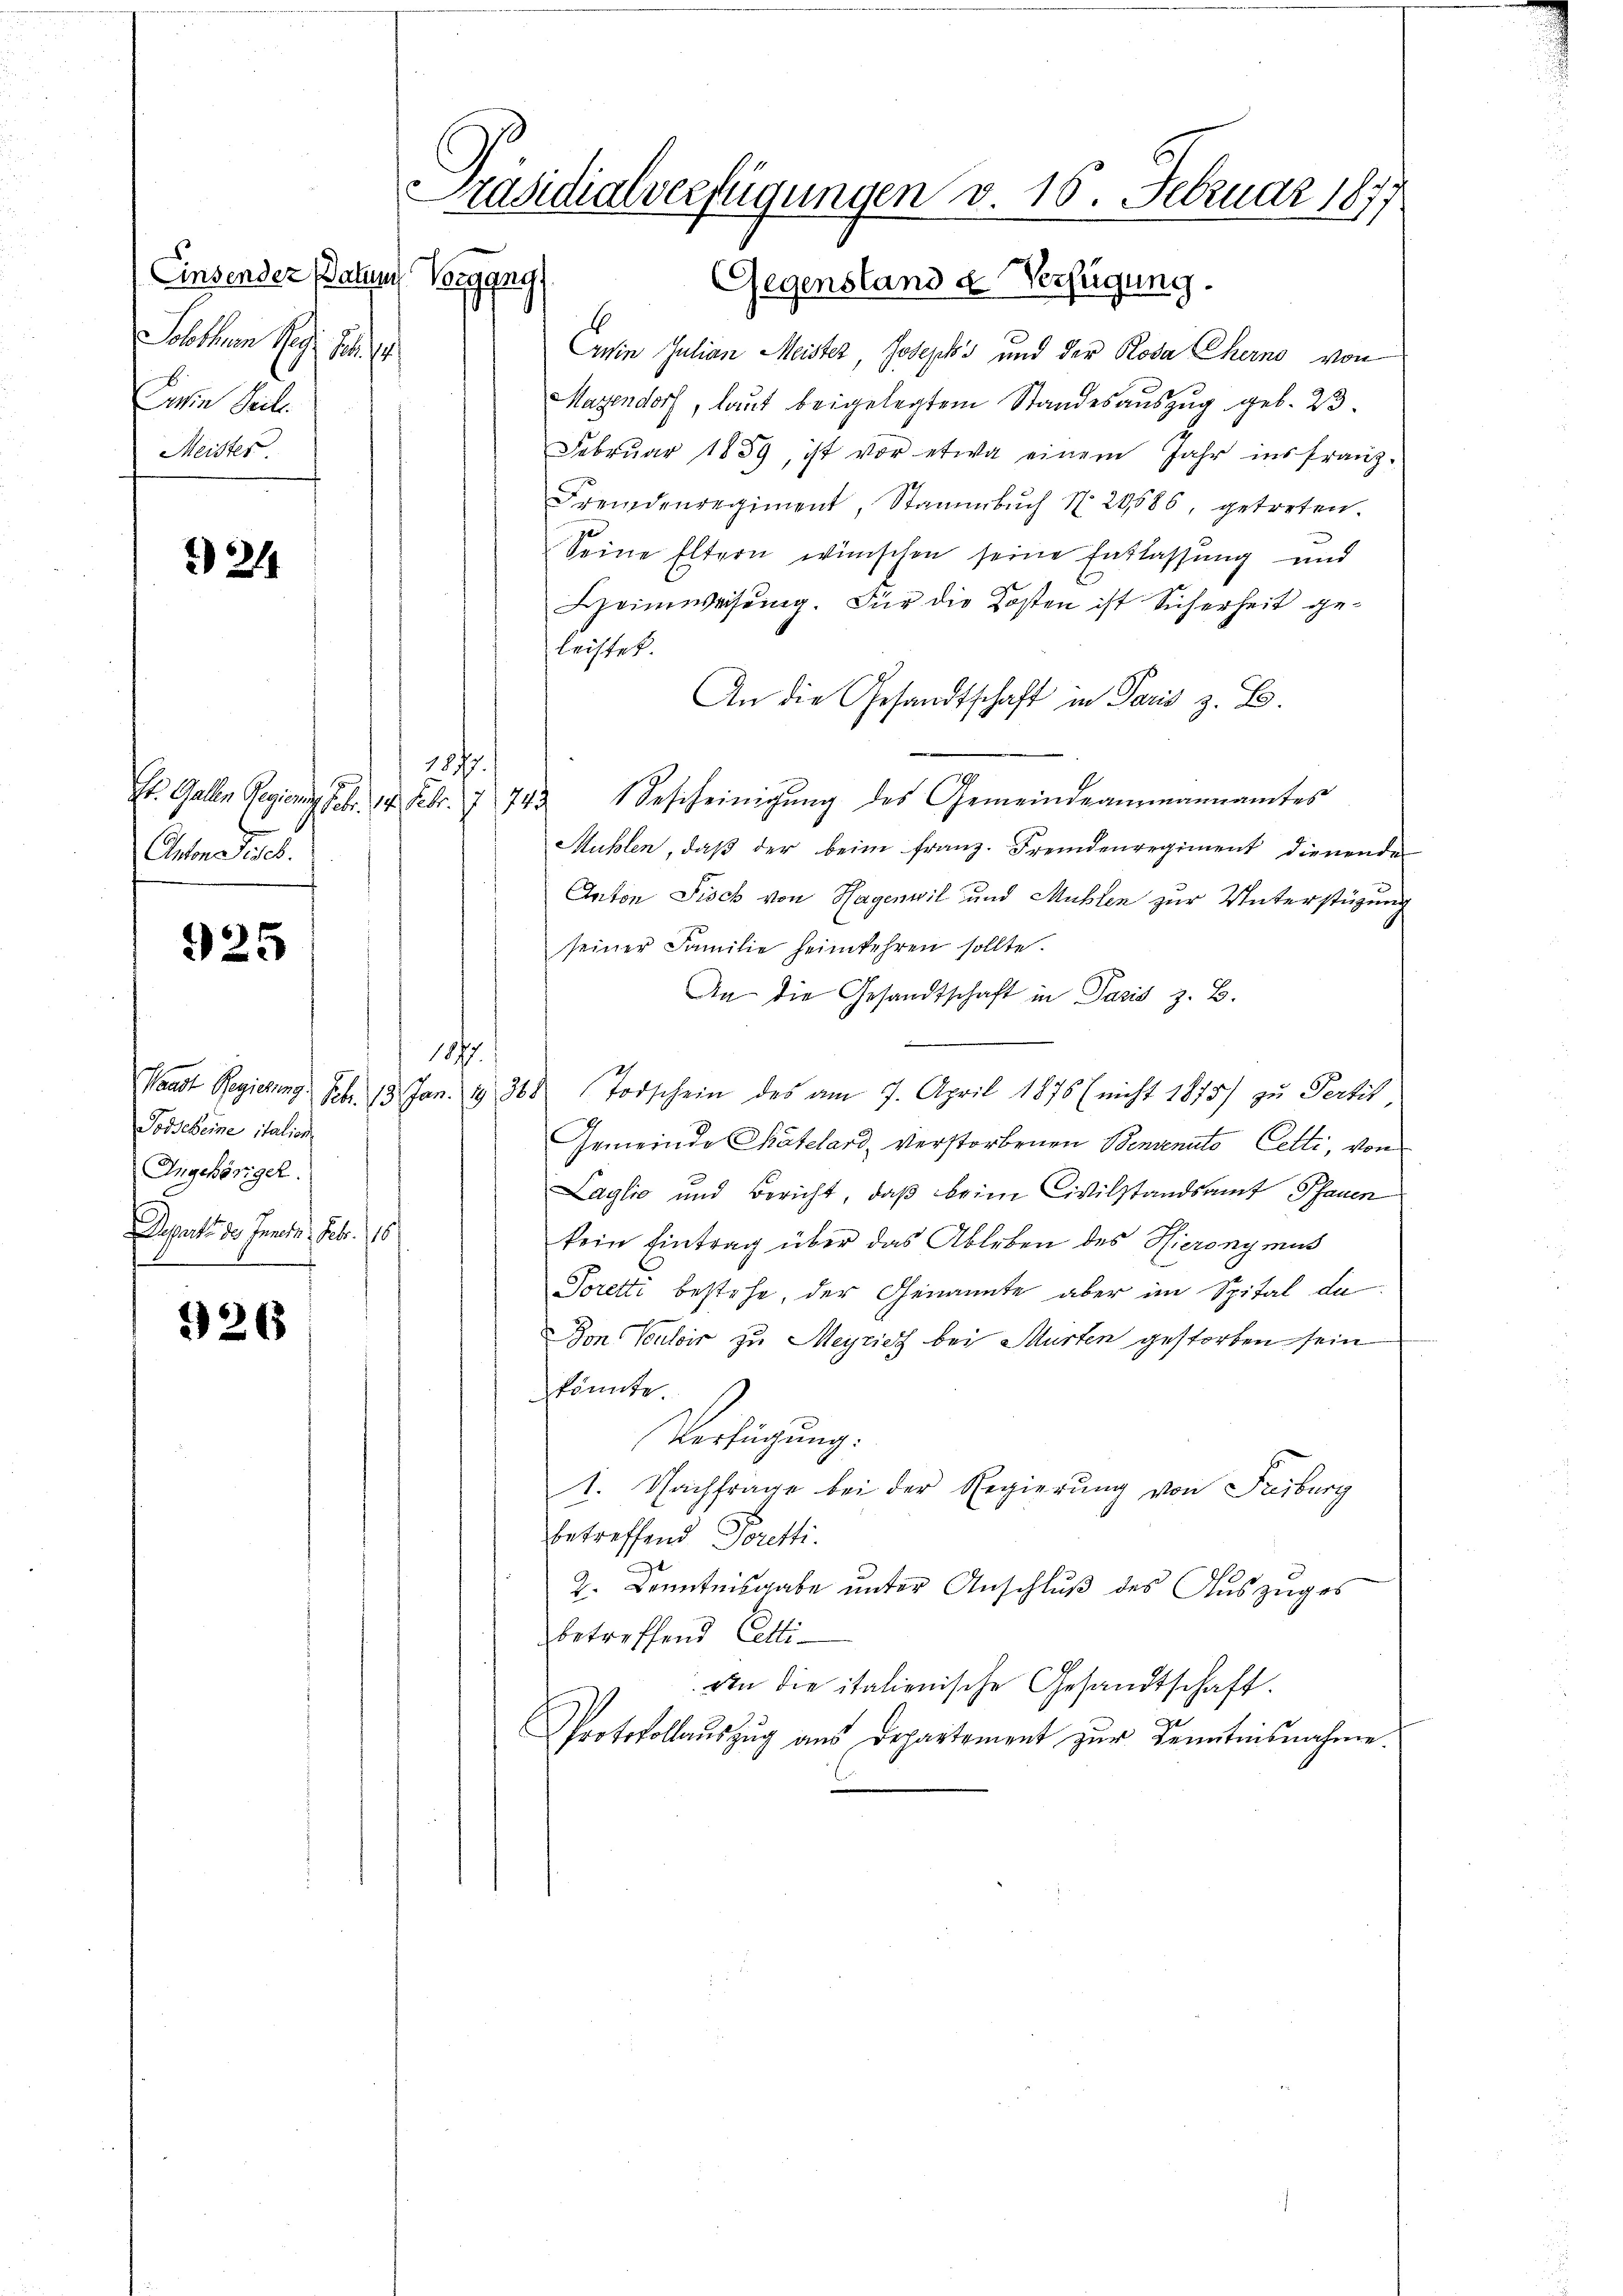
Einsender Batin Vorgang.
atum d. d.
Ein Teil.
Meister

22

Antons Geset

925

Tosscheine italion
Angehöriger.
Departe des Innern. Febr. 16
s

26

Präsidialverfügungen v. 16. Februar 1877

Gegensland d Verfügung.
Ein Julian Meister, Joseph's und der Roda Chern von
Magendorf, laut beigelegtem Standesauszug geb. 23.
Febrŭar 1859, ist vor etwa einem Jahr ins franz-
Fremdenregiment, Stammbŭch No. 20586, getreten.
Seine Eltern wünschen seine Entlassung und
Heimweisŭng. Für die Kosten ist Sicherheit ge-
leistet.
An die Gesandtschaft in Paris z. B.
1877.
St. Gallen Regierung Febr. 14. Febr. 7 743. Bescheinigŭng des Gemeindeammannamtes
Mühlen, daβ der beim franz. Fremdenregiment dienende
Anton Fisch von Hagenwil und Mühlen zur Unterstüzung
seiner Familie heimkehren sollte.
An die Gesandtschaft in Paris z. B.
1877.
Waadt Regierung. Febr. 13. Jan. 19. 368 (Todschein des am 7. April 1876 (nicht 1815/ zŭ Pertis,
Gemeinde Chatelard, verstorbenen Benvenuto Cetti, von
Laglio und Bericht, daß beim Civilstandsamt Pfauen
kein Eintrag über das Ableben des Hieronymus
Toretti bestehe, der Genannte aber im Spital da
Bon Bouloir zu Meyricz bei Murten gestorben sein
könnte.
Verfügung.
1. Nachfrage bei der Regierung von Freiburg
betreffend Poretti.
t
e
2. Kenntnisgabe unter Anschluß des Auszuges
betreffend Cetti-
An die italienische Gesandtschaft.
Protokollaŭszŭg aŭs Departement zŭr Kenntnisnahme.